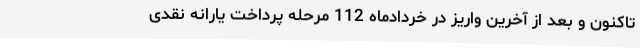
تاکنون و بعد از آخرین واریز در خردادماه 112 مرحله پرداخت یارانه نقدی